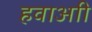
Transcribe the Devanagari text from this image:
हवाआी